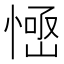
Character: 𢞳